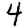
Digit: 4